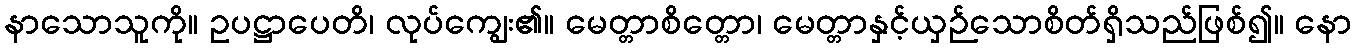
နာသောသူကို။ ဥပဋ္ဌာပေတိ၊ လုပ်ကျွေး၏။ မေတ္တာစိတ္တော၊ မေတ္တာနှင့်ယှဉ်သောစိတ်ရှိသည်ဖြစ်၍။ နော